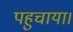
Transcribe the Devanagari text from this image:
पहुचाया।